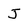
Character: j